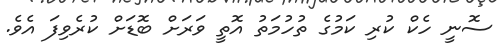
ސޮނީ ހެކް ކުރި ކަމުގެ ތުހުމަތު އޮތީ ވަރަށް ބޮޑަށް ކުރެވިފަ އެވެ.